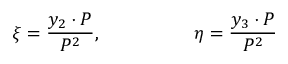
\xi = { \frac { y _ { 2 } \cdot P } { P ^ { 2 } } } , \qquad \qquad \quad \eta = { \frac { y _ { 3 } \cdot P } { P ^ { 2 } } }